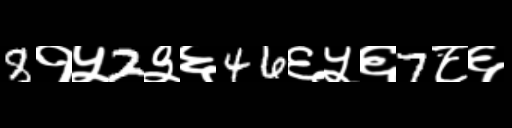
Text: 8१५2३६46६५६7८६